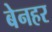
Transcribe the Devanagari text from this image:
बेनहर